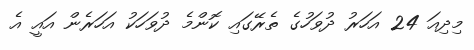
މިދިއަ 24 އަހަރު ދުވަހުގެ ތެރޭގައި ކޮންމެ ދުވަހަކު އަހަރެން އައީ އެ